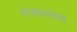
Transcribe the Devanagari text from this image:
रोडावलेले